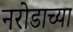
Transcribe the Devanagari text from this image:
नरोडाच्या